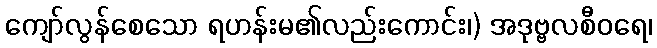
ကျော်လွန်စေသော ရဟန်းမ၏လည်းကောင်း၊) အဒုဗ္ဗလစီဝရေ၊